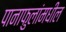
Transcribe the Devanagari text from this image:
पानाफुलांमधील